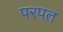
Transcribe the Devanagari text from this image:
परपत